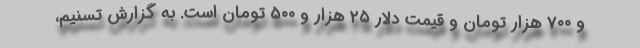
و ۷۰۰ هزار تومان و قیمت دلار ۲۵ هزار و ۵۰۰ تومان است. به گزارش تسنیم،